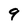
Character: 9